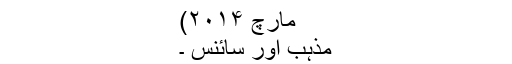
مارچ ۲۰۱۴)
مذہب اور سائنس ۔